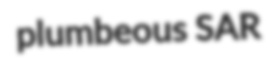
plumbeous SAR